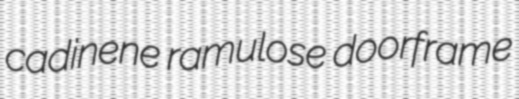
cadinene ramulose doorframe